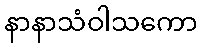
နာနာသံဝါသကော